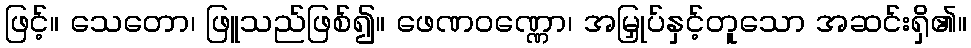
ဖြင့်။ သေတော၊ ဖြူသည်ဖြစ်၍။ ဖေဏဝဏ္ဏော၊ အမြှုပ်နှင့်တူသော အဆင်းရှိ၏။